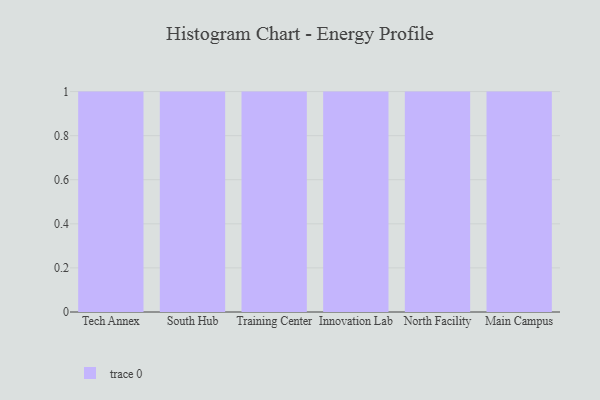
{"axis": {"x": "Campus", "y": "Backlog"}, "legend": [""], "data": [{"x": "Tech Annex", "y": 56, "type": ""}, {"x": "South Hub", "y": 78, "type": ""}, {"x": "Training Center", "y": 93, "type": ""}, {"x": "Innovation Lab", "y": 12, "type": ""}, {"x": "North Facility", "y": 86, "type": ""}, {"x": "Main Campus", "y": 41, "type": ""}]}